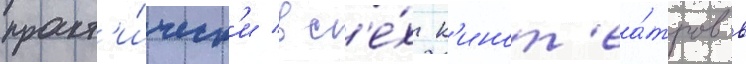
практ'и́ческ'и вс'е́х к'инот'еа́тров в